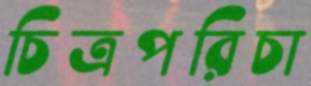
চিত্রপরিচা